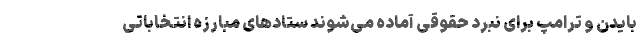
بایدن و ترامپ برای نبرد حقوقی آماده می‌شوند ستادهای مبارزه انتخاباتی